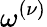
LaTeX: \omega^{(\nu)}